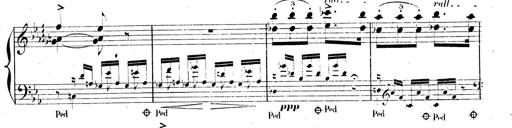
Title: AnnÃ©es de pÃ¨lerinage II, SupplÃ©ment
Composer: Franz Liszt